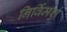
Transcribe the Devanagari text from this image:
निर्विमर्श